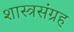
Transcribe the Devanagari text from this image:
शास्त्रसंग्रह